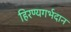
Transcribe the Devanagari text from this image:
हिरण्यगर्भदान